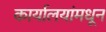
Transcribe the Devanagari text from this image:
कार्यालयांमधून